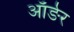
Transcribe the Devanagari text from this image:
ऑर्ङर